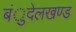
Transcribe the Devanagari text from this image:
बंुदेलखण्ड